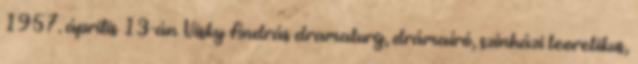
1957. április 13-án Visky András dramaturg, drámaíró, színházi teoretikus,